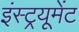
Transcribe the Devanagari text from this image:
इंस्ट्रयूमेंट